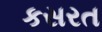
કસરત